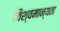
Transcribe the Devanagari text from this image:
विश्वमान्यता